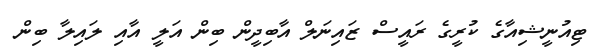
ޓިއުނީޝިއާގެ ކުރީގެ ރައީސް ޒައިނަލް އާބިދީން ބިން އަލީ އާއި ލައިލާ ބިން